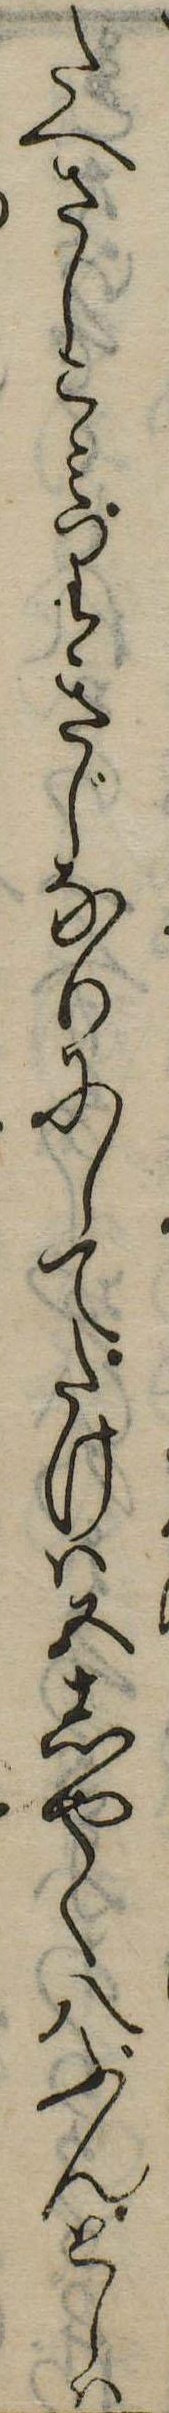
たへさしこみりきじなりにしてたけは五しやく八ぶんとしは